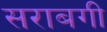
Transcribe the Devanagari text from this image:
सराबगी